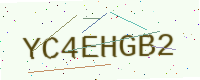
Text: YC4EHGB2